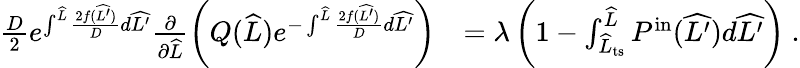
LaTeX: \begin{array}{rl}{\frac{D}{2}e^{\int^{\widehat{L}}\frac{2f(\widehat{L^{\prime}})}{D}d\widehat{L^{\prime}}}\frac{\partial}{\partial\widehat{L}}\left(Q(\widehat{L})e^{-\int^{\widehat{L}}\frac{2f(\widehat{L^{\prime}})}{D}d\widehat{L^{\prime}}}\right)}&{=\lambda\left(1-\int_{\widehat{L}_{\mathrm{ts}}}^{\widehat{L}}P^{\mathrm{in}}(\widehat{L^{\prime}})d\widehat{L^{\prime}}\right)\ .}\end{array}